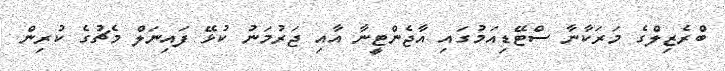
ބްރެޒިލްގެ މަރަކާނާ ސްޓޭޑިއަމުގައި އާޖެންޓީނާ އާއި ޖަރުމަނު ކުޅޭ ފައިނަލް މެޗުގެ ކުރިން